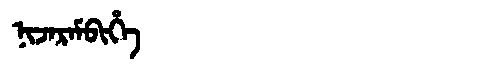
Manchu: ᠨᡳᠵᠠᡵᠠᠮᠪᡳᡥᡝ
Romanization: NIJARAMBIHE